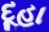
દૂહા